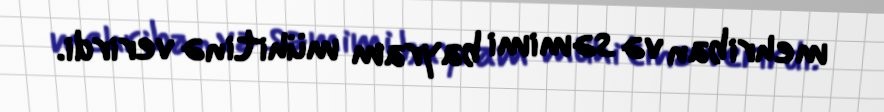
mehriban və səmimi bayram mühitinə verirdi.